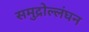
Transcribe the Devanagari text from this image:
समुद्रोल्लंघन